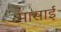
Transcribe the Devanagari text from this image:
मासाई